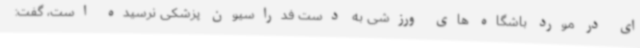
ای در مورد باشگاه های ورزشی به دست فدراسیون پزشکی نرسیده است، گفت: